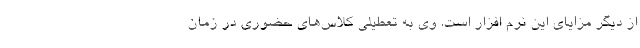
از دیگر مزایای این نرم افزار است. وی به تعطیلی کلاس‌های حضوری در زمان